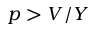
p > V / Y